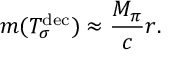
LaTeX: m ( T _ { \sigma } ^ { \mathrm { d e c } } ) \approx \frac { M _ { \pi } } { c } r .